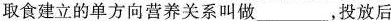
取食建立的单方向营养关系叫做____，投放后